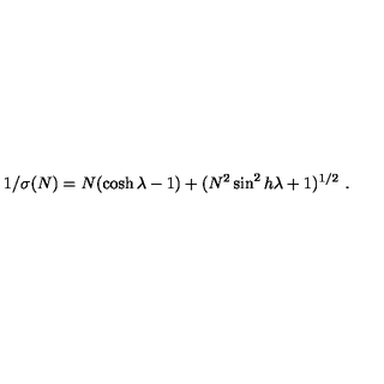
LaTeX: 1 / \sigma ( N ) = N ( \cosh \lambda - 1 ) + ( N ^ { 2 } \sin ^ { 2 } h \lambda + 1 ) ^ { 1 / 2 } \ .